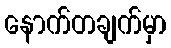
နောက်တချက်မှာ